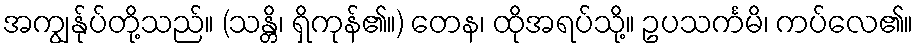
အကျွန်ုပ်တို့သည်။ (သန္တိ၊ ရှိကုန်၏။) တေန၊ ထိုအရပ်သို့။ ဥပသင်္ကမိ၊ ကပ်လေ၏။